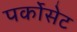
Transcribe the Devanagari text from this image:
पर्कोसेट